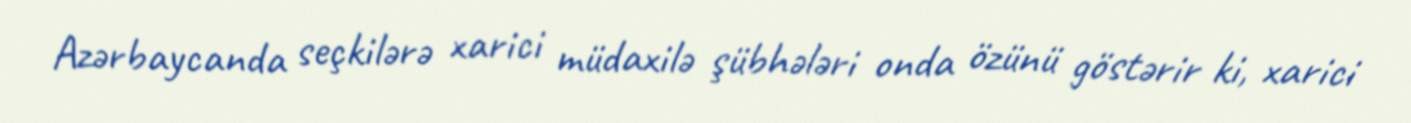
Azərbaycanda seçkilərə xarici müdaxilə şübhələri onda özünü göstərir ki, xarici